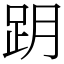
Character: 跀